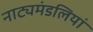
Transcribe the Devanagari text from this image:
नाट्यमंडलियां